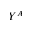
Y ^ { A }